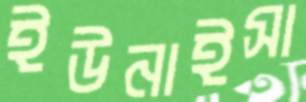
ইউনাইসা